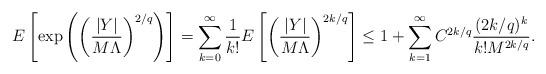
LaTeX: \begin{align*}E\left[\exp\left(\left(\frac{|Y|}{M\Lambda}\right)^{2/q}\right)\right]&=\sum_{k=0}^\infty\frac{1}{k!}E\left[\left(\frac{|Y|}{M\Lambda}\right)^{2k/q}\right]\leq1+\sum_{k=1}^\infty C^{2k/q}\frac{(2k/q)^k}{k!M^{2k/q}}.\end{align*}